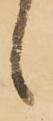
候